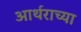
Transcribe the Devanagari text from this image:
आर्थराच्या